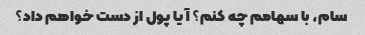
سام، با سهامم چه کنم؟ آیا پول از دست خواهم داد؟